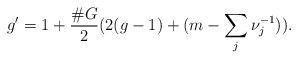
LaTeX: \begin{align*} g' = 1 + \frac{\# G}{2} (2(g-1) + (m-\sum_j \nu_j^{-1})). \end{align*}